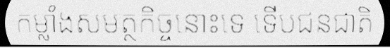
កម្លាំងសមត្ថកិច្ចនោះទេ ទើបជនជាតិ